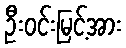
ဦးဝင်းမြင့်အား